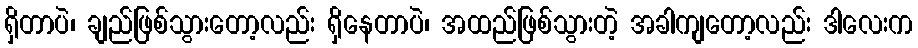
ရှိတာပဲ၊ ချည်ဖြစ်သွားတော့လည်း ရှိနေတာပဲ၊ အထည်ဖြစ်သွားတဲ့ အခါကျတော့လည်း ဒါလေးက